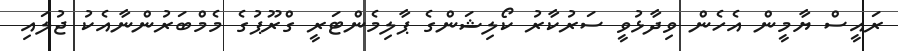
ރައީސް ޔާމީން އެހެން ވިދާޅުވީ ސަރުކާރު ކޯލިޝަންގެ ޕާލިމެންޓަރީ ގްރޫޕުގެ މެމްބަރުންނާއެކު ޖުލައި